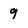
Character: 9